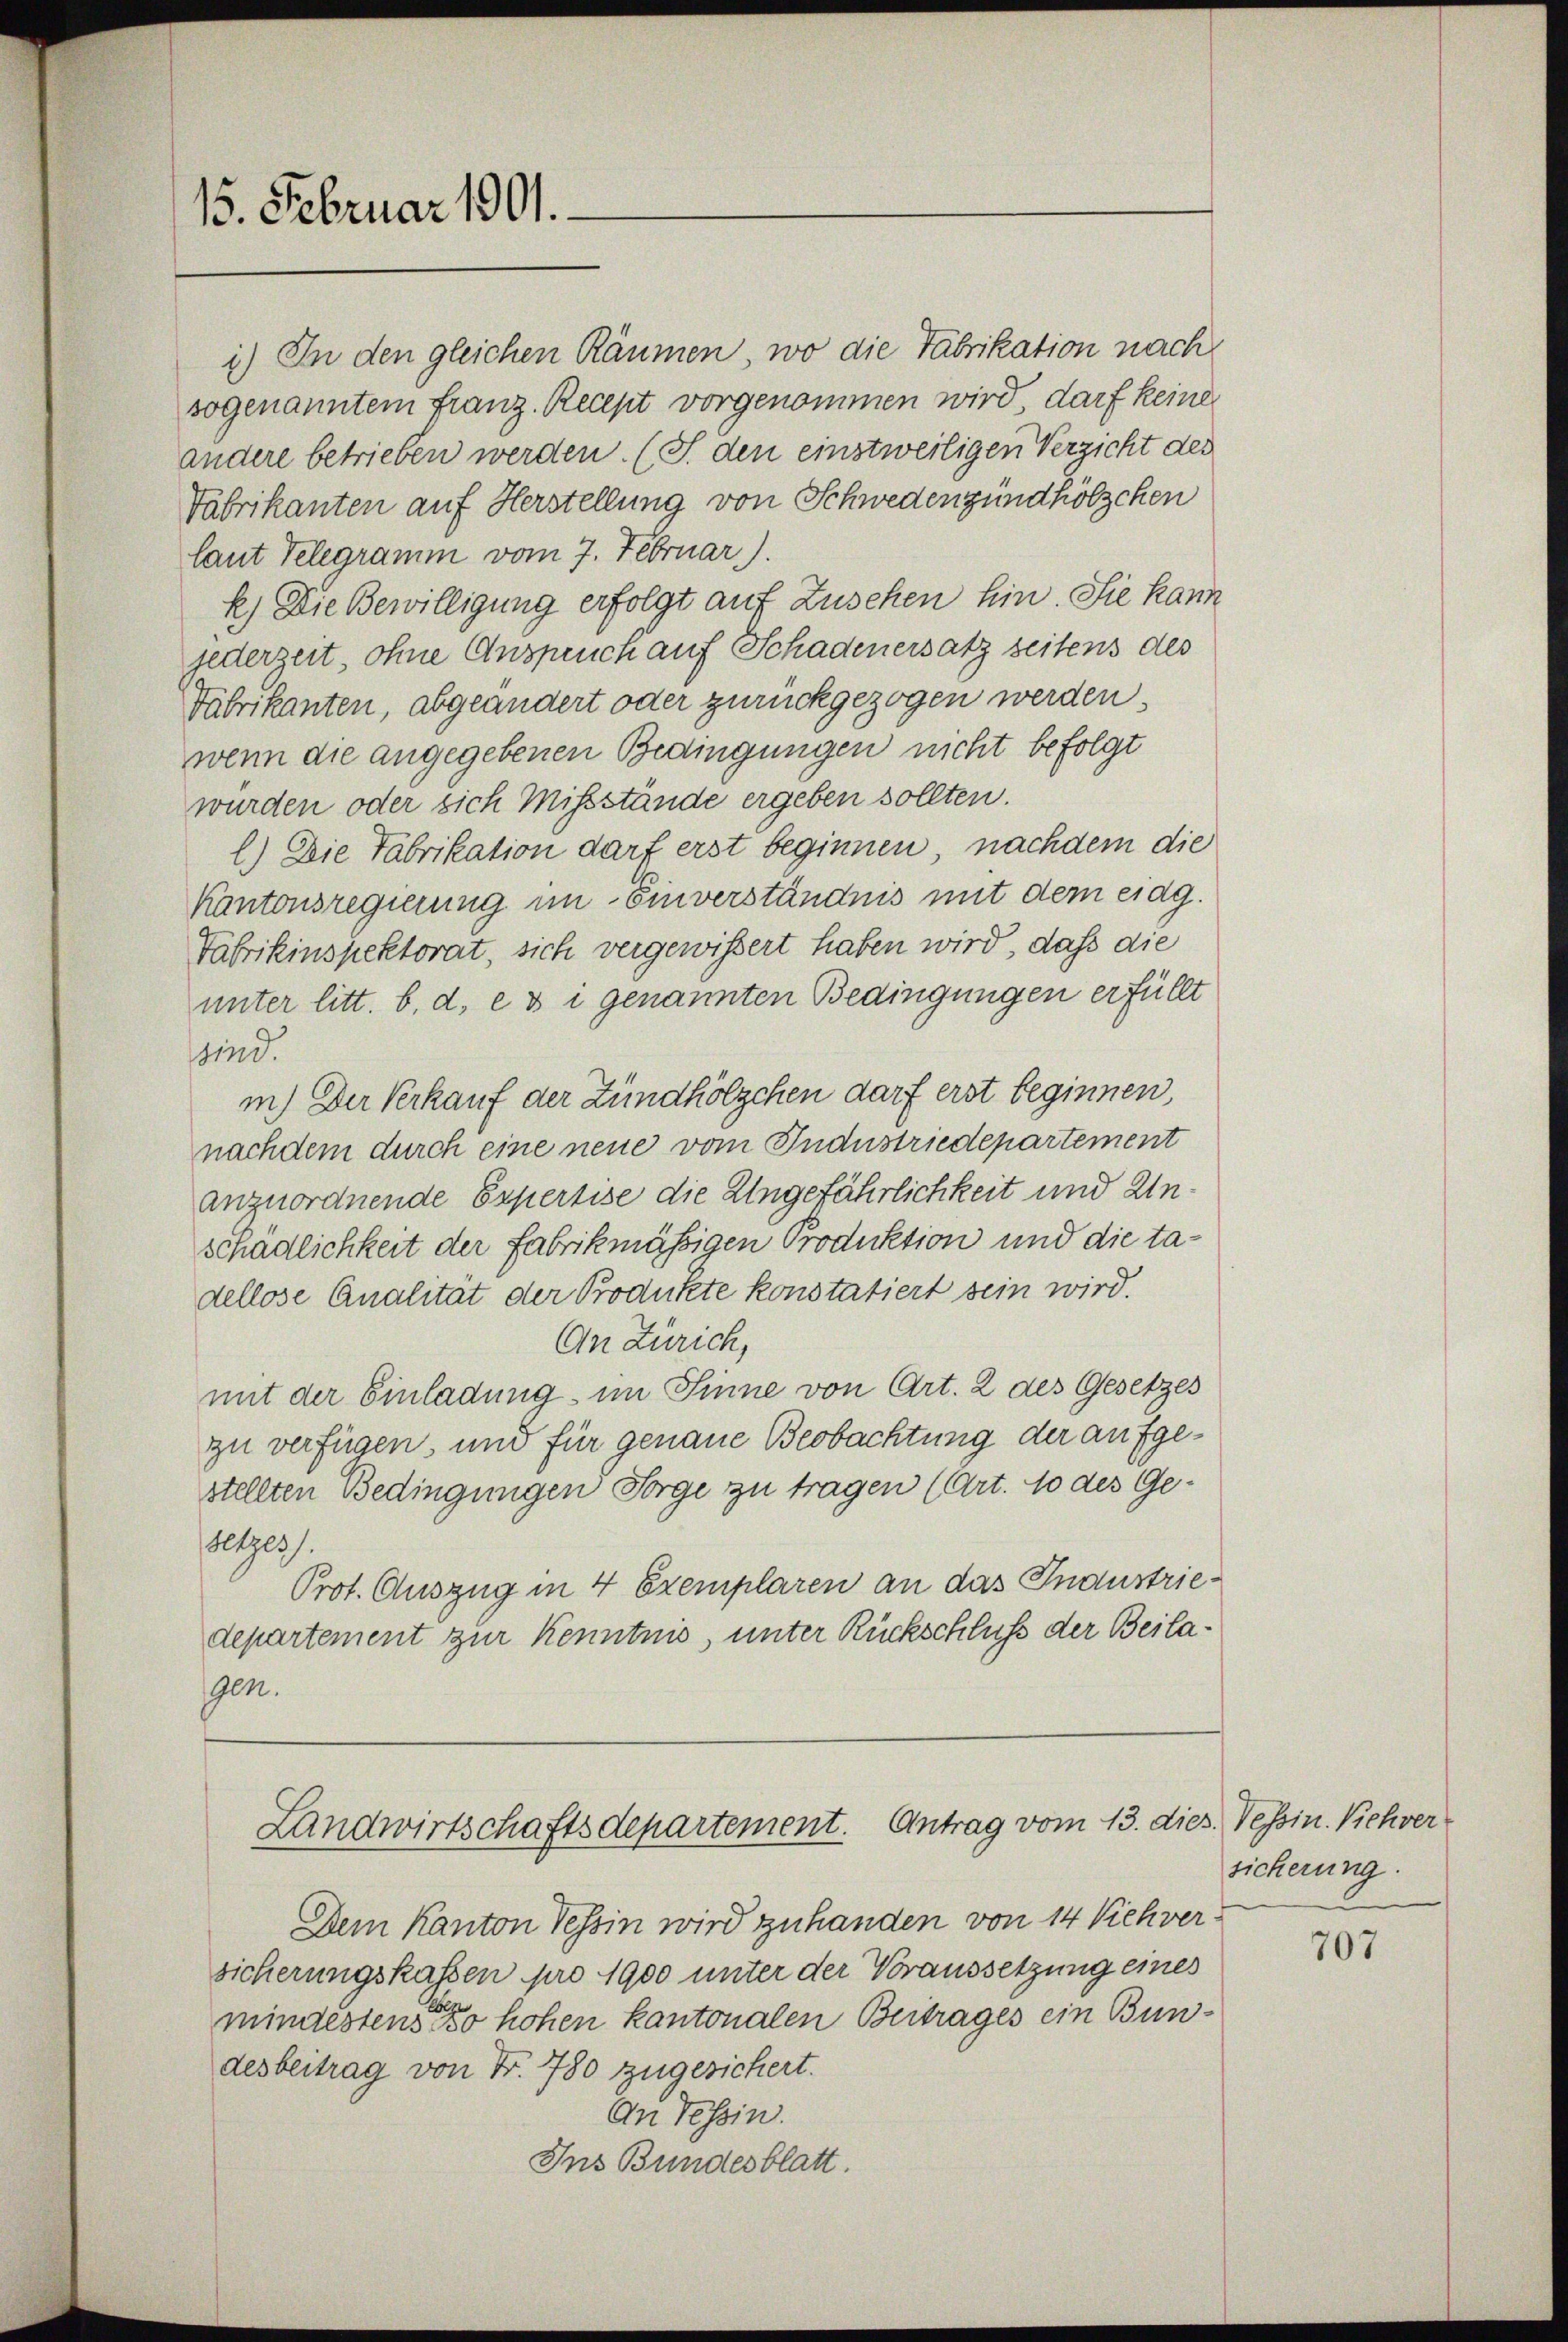
15. Februar 1901.

i) In den gleichen Räumen, wo die Tabrikation nach
sogenanntem franz. Recept vorgenommen wird darf keine
andere betrieben werden. (S. den einstweiligen Verzicht des
Fabrikanten auf Herstellung von Schwedenzündhölzchen
laut Telegramm vom 7. Februar).
k) Die Bewilligung erfolgt auf Zusehen hin. Sie kann
jederzeit, ohne Anspruch auf Schadenersatz seitens des
Fabrikanten, abgeändert oder zurückgezogen werden.
wenn die angegebenen Bedingungen nicht befolgt
wurden oder sich Missstände ergeben sollten.
l) Die Fabrikation darf erst beginnen, nachdem die
Kantonsregierung im Einverständnis mit dem eidg.
Fabrikinspektorat, sich vergewissert haben wird, daß die
unter litt. b. d. e v i genannten Bedingungen erfüllt
sind.
in) Der Verkauf der Zündhölzchen darf erst beginnen,
nachdem durch eine neue vom Industriedepartement
anzuordnende Expertise die Ungefährlichkeit und Unschädlichkeit der Fabrikmäßigen Produktion und die tadellose Qualität der Produkte konstatiert sein wird.
An Zürich,
mit der Einladung im Sinne von Art. 2 des Gesetzes
zu verfügen, und für genaue Beobachtung der aufgestellten Bedingungen Sorge zu tragen (Art. 10 des Ge¬
Hetzes.
Prot. Auszug in 4 Exemplaren an das Industriedepartement zur Kenntnis, unter Rückschluß der Beilagen.
Landwirtschaftsdepartement. Antrag vom 13. dies. Tessin. Viehver
Dem Kanton Tessin wird zuhanden von 14 Viehver
sicherungskassen pro 1900 unter der Voraussetzung eines
mindestens so hohen kantonalen Beitrages ein Bundesbeitrag von Nr. 780 zugesichert.
An Tessin.
Ins Bundesblatt.

sicherung.

707